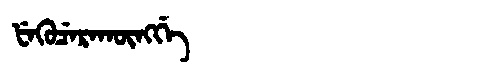
Manchu: ᡶᡝᡴᡠᠴᡝᡵᠠᡴᡡᠩᡤᡝ
Romanization: FEKUCERAKŪNGGE